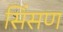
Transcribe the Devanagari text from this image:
सिंसण